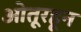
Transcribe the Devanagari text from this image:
ओतूरहून